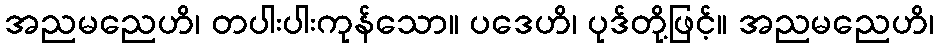
အညမညေဟိ၊ တပါးပါးကုန်သော။ ပဒေဟိ၊ ပုဒ်တို့ဖြင့်။ အညမညေဟိ၊